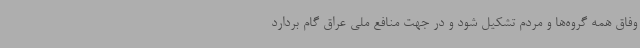
وفاق همه گروه‌ها و مردم تشکیل شود و در جهت منافع ملی عراق گام بردارد